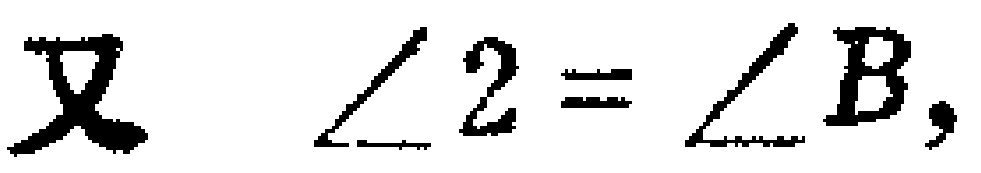
又 $\angle 2 = \angle B,$